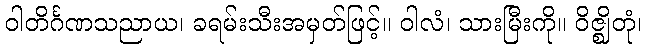
ဝါတိင်္ဂဏသညာယ၊ ခရမ်းသီးအမှတ်ဖြင့်။ ဝါလံ၊ သားမြီးကို။ ဝိဇ္ဈိတုံ၊